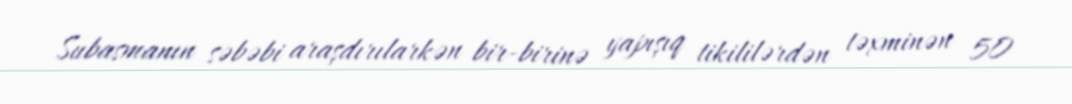
Subasmanın səbəbi araşdırılarkən bir-birinə yapışıq tikililərdən təxminən 50